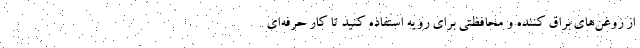
از روغن‌های براق کننده و محافظتی برای رویه استفاده کنید تا کار حرفه‌ای